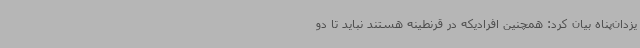
یزدان‌پناه بیان کرد: همچنین افرادیکه در قرنطینه هستند نباید تا دو